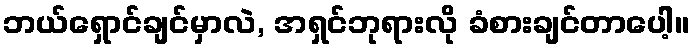
ဘယ်ရှောင်ချင်မှာလဲ, အရှင်ဘုရားလို ခံစားချင်တာပေါ့။